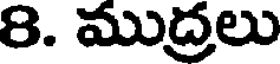
8. ముద్రలు